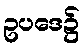
ဥပဒေ၌